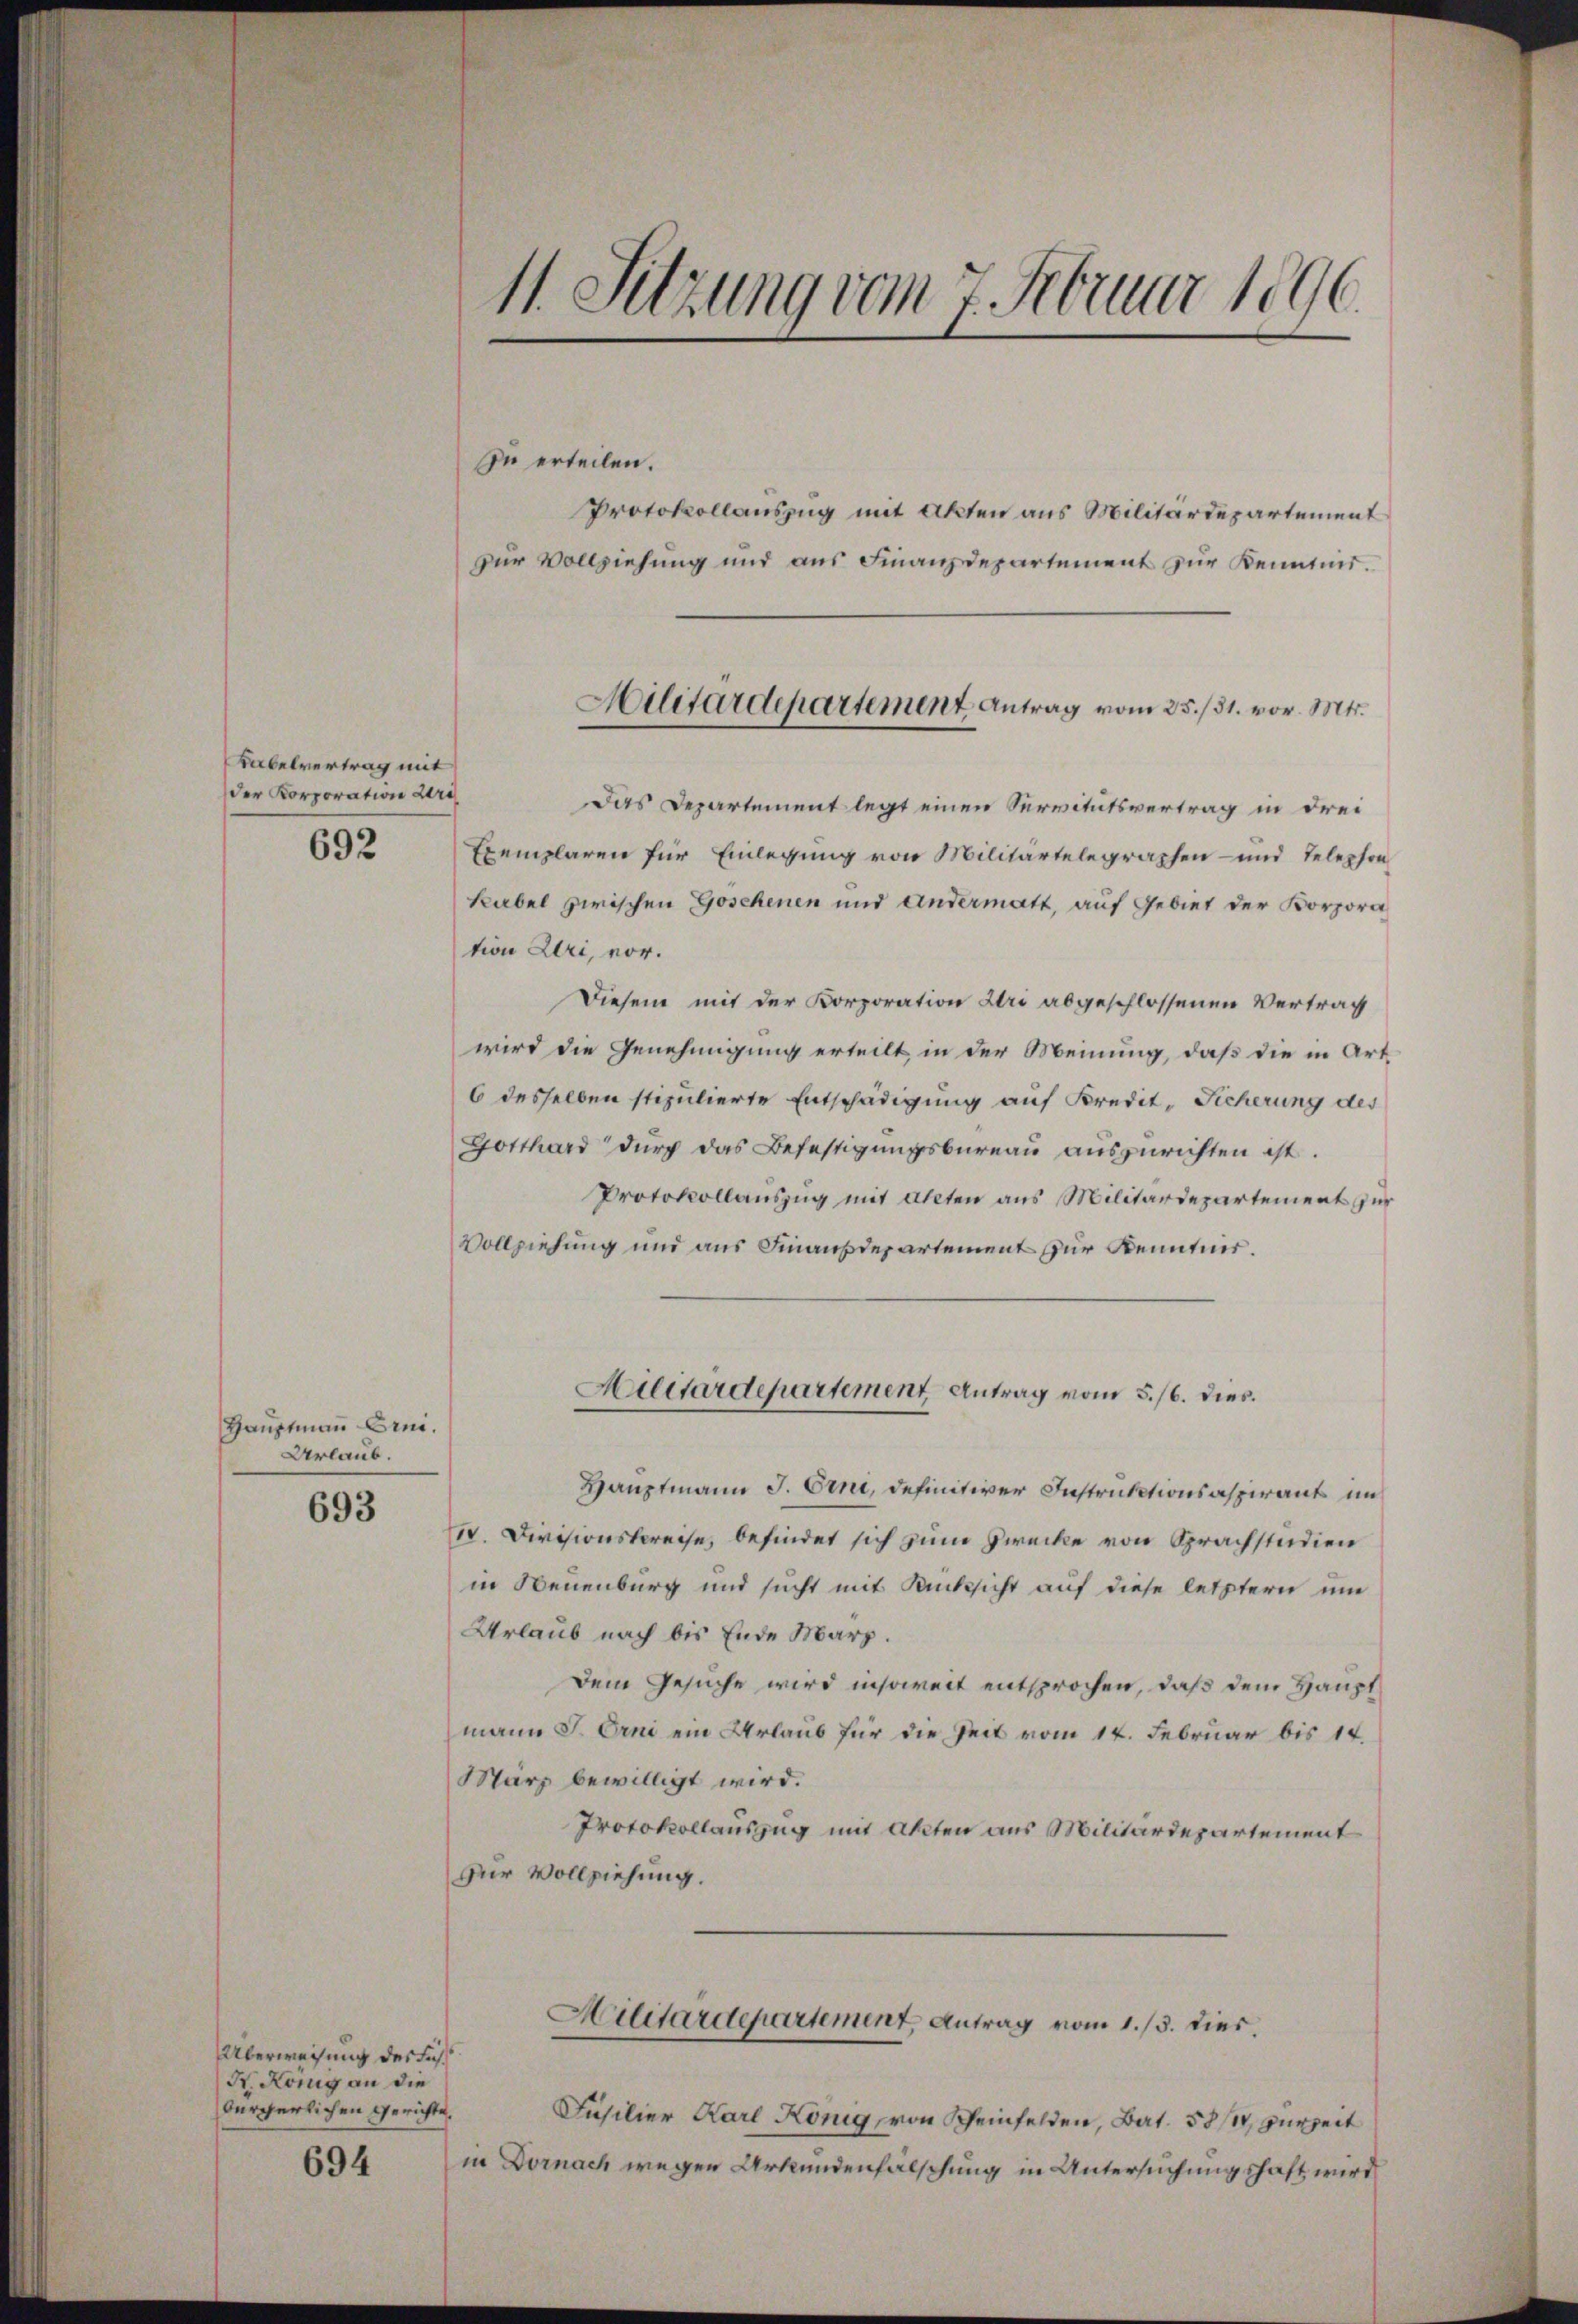
Kabelvertrag mit
der Korporation dere

692

Hauptmann Erni.
Urlaub.

693

Überweisung des Füh¬
K. König an die
bürgerlichen Gerichte,

694

11. Sitzung vom 7. Februar 1896.

zu erteilen.
Protokollauszug mit Akten aus Militärdepartement
zur Vollziehung und aus Finanzdepartement zur Kenntnis.
Das Departement legt einen Servitutsvertrag in drei
Exemplaren für Einlegung von Militärtelegraphen- und Telephon
kabel zwischen Goschenen und andermatt, auf Gebiet der Korpora
tion Uri, vor.
Diesem mit der Korporation Uri abgeschlossenen Vertrag
wird die Genehmigung erteilt in der Meinung, daß die in Art
6 desselben stipulierte Entschädigung auf Kredit, Ficherung des
Gotthard dŭrch das Befestigungsbureau auszurichten ist.
Protokollauszug mit alten aus Militärdepartement zur
Vollziehung und aus Finanzdepartement zur Kenntnis.
Militärdepartement Antrag vom 5./6. dies
Hauptmann J. Erni, definitiver Instruktionsaspirants im
. Divisionskreise, befindet sich zum Zwecke von Sprachstudien
in Neuenburg und sucht mit Rücksicht auf diese letztern um
Urlaub nach bis Ende Marz.
Dem Gesuche wird insoweit entsprochen, daß dem Hauptmann J. Erni ein Urlaub für die Zeit vom 14. Februar bis 14.
Marz bewilligt wird.
Protokollauszug mit Akten aus Militärdepartement
Zur Vollziehung.
Militärdepartement, Antrag vom 1./3. dies.
Füsilier Karl König, von Rheinfelden, Bat. 581, zurzeit
in Dornach wegen Urkundenfälschung in Untersuchungshaft wird

Militärdepartement Antrag vom 25./31. vor. Mts.